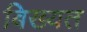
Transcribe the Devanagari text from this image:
बिख्यत